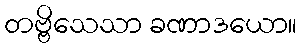
တဗ္ဗိသေသာ ခဏာဒယော။